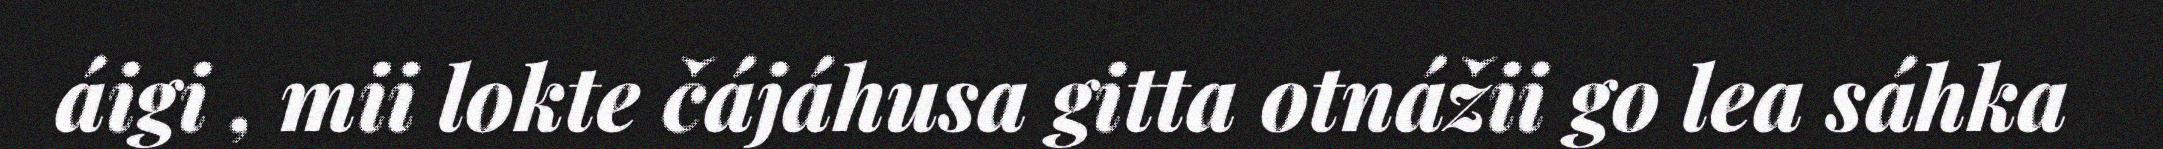
áigi , mii lokte čájáhusa gitta otnážii go lea sáhka